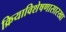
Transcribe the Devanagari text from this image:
क्रियाविशेषणासारखा